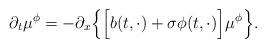
LaTeX: \begin{align*}\partial_t\mu^\phi = -\partial_x\Big\{\Big[ b(t, \cdot) + \sigma\phi(t, \cdot)\Big]\mu^\phi \Big\}.\end{align*}